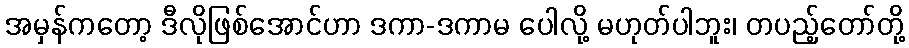
အမှန်ကတော့ ဒီလိုဖြစ်အောင်ဟာ ဒကာ-ဒကာမ ပေါလို့ မဟုတ်ပါဘူး၊ တပည့်တော်တို့